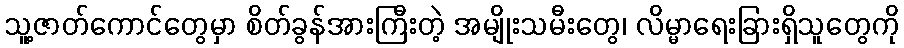
သူ့ဇာတ်ကောင်တွေမှာ စိတ်ခွန်အားကြီးတဲ့ အမျိုးသမီးတွေ၊ လိမ္မာရေးခြားရှိသူတွေကို